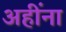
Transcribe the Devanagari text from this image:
अहींना